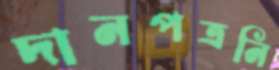
দানপত্রনি